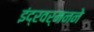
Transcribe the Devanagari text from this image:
इंद्रवर्मनने